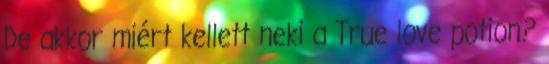
De akkor miért kellett neki a True love potion?